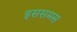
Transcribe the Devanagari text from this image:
इससमस